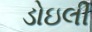
ડોઇલી